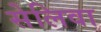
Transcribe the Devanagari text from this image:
सेलिवा